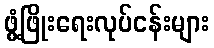
ဖွံ့ဖြိုးရေးလုပ်ငန်းများ